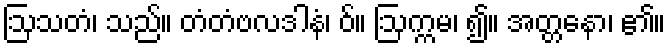
ဩသတံ၊ သည်။ တံတံဗလဒါနံ၊ ဝ်။ ဩက္ကမ၊ ၍။ အတ္တနော၊ ၏။